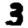
Digit: 3